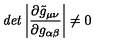
{ \it d e t } \left| \frac { \partial \tilde { g } _ { \mu \nu } } { \partial g _ { \alpha \beta } } \right| \neq 0